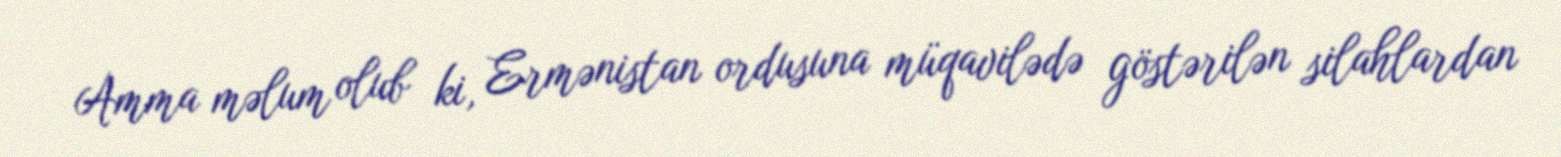
Amma məlum olub ki, Ermənistan ordusuna müqavilədə göstərilən silahlardan